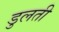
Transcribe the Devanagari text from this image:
डुलती